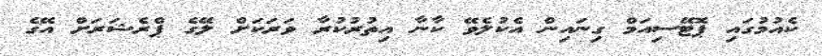
ކެއުމުގައި ޕޮޓޭސިއަމް ގިނައިން އެކުލެވޭ ކާނާ އިތުރުކުރާ ވަރަކަށް ލޭގެ ޕްރެޝަރަށް އޭގެ